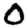
Digit: 0